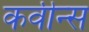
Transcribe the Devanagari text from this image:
कवीन्स